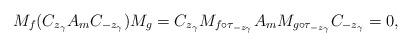
LaTeX: \begin{align*}M_f (C_{z_\gamma} A_m C_{-z_\gamma})M_g = C_{z_\gamma} M_{f \circ \tau_{-z_\gamma}} A_m M_{g \circ \tau_{-z_\gamma}} C_{-z_\gamma} = 0,\end{align*}